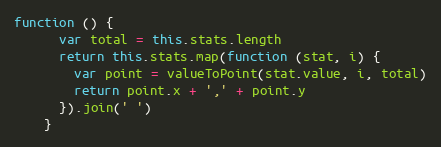
Language: JavaScript
function () {
      var total = this.stats.length
      return this.stats.map(function (stat, i) {
        var point = valueToPoint(stat.value, i, total)
        return point.x + ',' + point.y
      }).join(' ')
    }